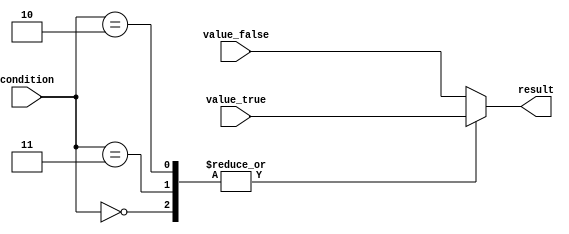
module conditional_assignment_block(
    input [3:0] condition,
    input [7:0] value_true,
    input [7:0] value_false,
    output reg [7:0] result
);

always @(*) begin
    case (condition)
        4'b0000: begin
            result = value_true;
        end
        4'b0001: begin
            result = value_false;
        end
        4'b0010: begin
            if (condition == 4'b0010)
                result = value_true;
            else
                result = value_false;
        end
        4'b0011: begin
            if (condition == 4'b0011)
                result = value_true;
            else
                result = value_false;
        end
        default: begin
            result = value_false;
        end
    endcase
end

endmodule